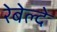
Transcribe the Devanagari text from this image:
रेबेल्दे